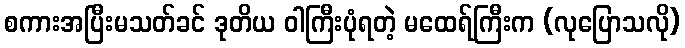
စကားအပြီးမသတ်ခင် ဒုတိယ ဝါကြီးပုံရတဲ့ မထေရ်ကြီးက (လုပြောသလို)